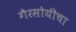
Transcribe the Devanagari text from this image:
गैरसोयीचा